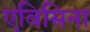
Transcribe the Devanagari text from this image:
एविसिना